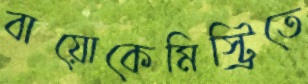
বায়োকেমিস্ট্রিতে